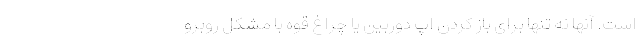
است. آنها نه تنها برای باز کردن اپ دوربین یا چراغ قوه با مشکل روبرو